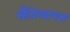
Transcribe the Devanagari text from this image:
सौतेलापन